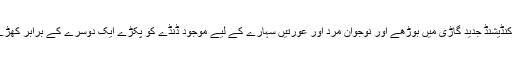
اس ائر کنڈیشنڈ جدید گاڑی میں بوڑھے اور نوجوان مرد اور عورتیں سہارے کے لیے موجود ڈنڈے کو پکڑے ایک دوسرے کے برابر کھڑے تھے۔